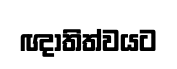
ඥාතිත්වයට